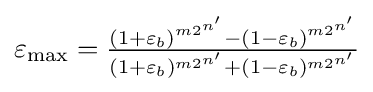
{\textstyle \varepsilon _{\max }={\frac {(1+\varepsilon _{b})^{m2^{n'}}-(1-\varepsilon _{b})^{m2^{n'}}}{(1+\varepsilon _{b})^{m2^{n'}}+(1-\varepsilon _{b})^{m2^{n'}}}}}